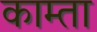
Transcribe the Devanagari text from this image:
काम्ता